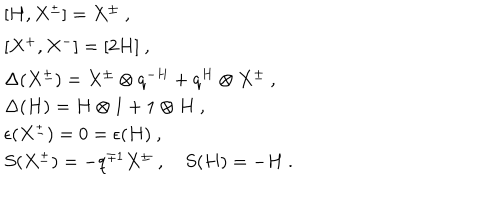
\begin{array} { l } { { [ H , X ^ { \pm } ] = X ^ { \pm } ~ , } } \\ { { [ X ^ { + } , X ^ { - } ] = [ 2 H ] ~ , } } \\ { { \Delta ( X ^ { \pm } ) = X ^ { \pm } \otimes q ^ { - H } + q ^ { H } \otimes X ^ { \pm } ~ , } } \\ { { \Delta ( H ) = H \otimes 1 + 1 \otimes H ~ , } } \\ { { \epsilon ( X ^ { \pm } ) = 0 = \epsilon ( H ) ~ , } } \\ { { S ( X ^ { \pm } ) = - q ^ { \mp 1 } X ^ { \pm } ~ , ~ S ( H ) = - H ~ . } } \\ \end{array}